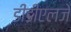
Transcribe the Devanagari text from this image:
डीडीएलजे